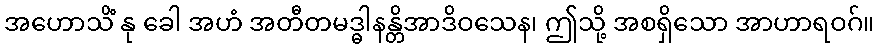
အဟောသိံ နု ခေါ အဟံ အတီတမဒ္ဓါနန္တိအာဒိဝသေန၊ ဤသို့ အစရှိသော အာဟာရဝဂ်။